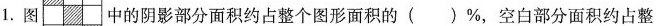
1.图中的阴影部分面积约占整个图形面积的( )%，空白部分面积约占整